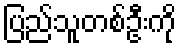
ပြည်သူတစ်ဦးကို